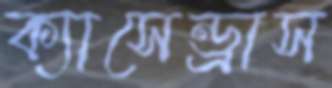
ক্যাসেন্ড্রাস